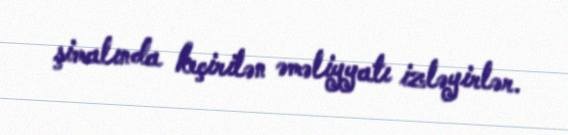
şimalında keçirilən əməliyyatı izləyirlər.